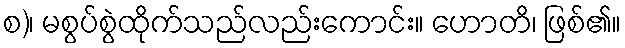
စ)၊ မစွပ်စွဲထိုက်သည်လည်းကောင်း။ ဟောတိ၊ ဖြစ်၏။